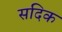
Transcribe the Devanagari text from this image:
सदिक